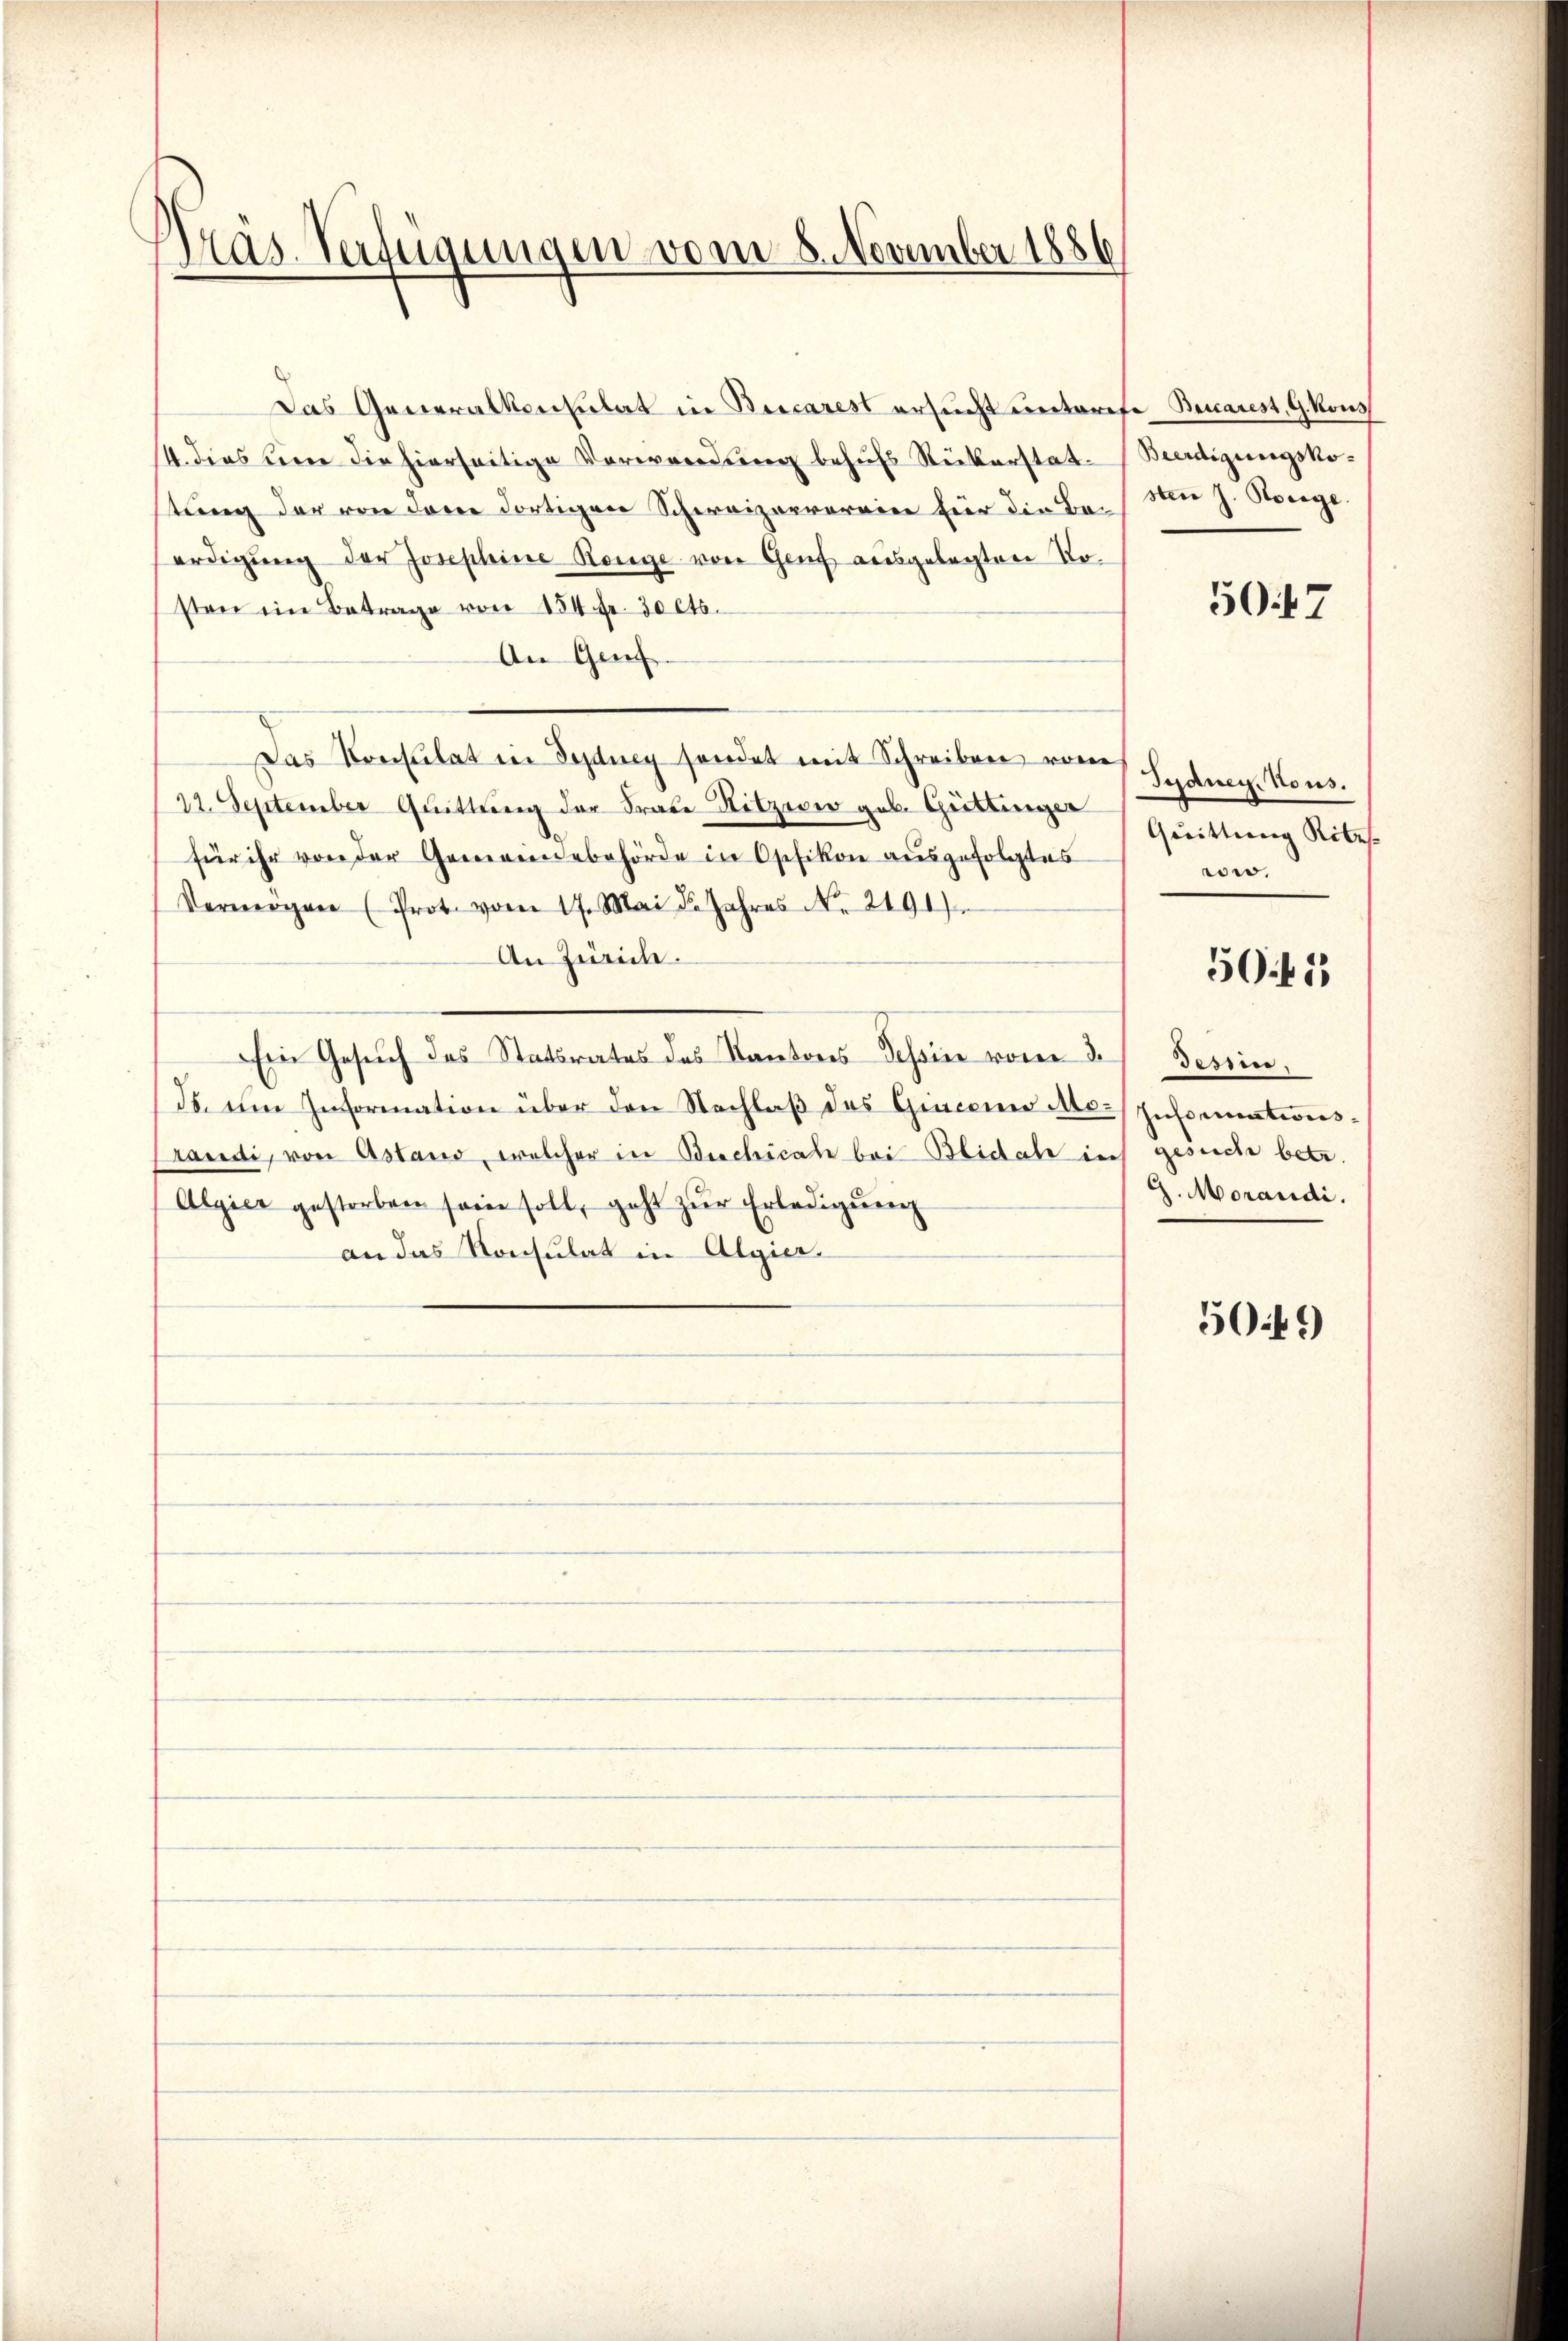
Präs. Verfügungen vom 8. November 1886

Das Generalkonsulat in Bucarest ersucht unterese Beicarest, G. Kons
14. dies eine die hierseitige Verwendung behufs Rückerstattung der von den dortigen Schevizarrereien für die Be-
erdigŭng der Josephine Range von Genf ausgelegten Noston ein Betrage von 154 fr. 30 cts.
An Genf
Das Konsulat in Sydung sendet mit Schreiben vom
12. September Quittung der Fraue Hitzii geb. Güttinger
für ihr von der Gemeindebehörde in Opfikon ausgefolgtes
Vermögen (Prot. vom 17. Mai d. Jahres No. 2191)
An Zürich.
Ein Gesuch des Statsrates des Kantons Tessin vom 3.
3. im Information über den Nachlaß das Ginconi Mo-
randi, von Astand, welcher in Beschicale bei Blidal in
Algier gestorben sein soll, geht zŭr Erledigŭng
an das Konsulat in Algier

Beerdigungskosten J. Kosege

50. 47

Judner Nous.
Quittung Rites
wow.

50.4.1

desire.
Informationsgesuch betr.
G. Morandi.

5049)